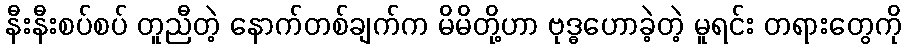
နီးနီးစပ်စပ် တူညီတဲ့ နောက်တစ်ချက်က မိမိတို့ဟာ ဗုဒ္ဓဟောခဲ့တဲ့ မူရင်း တရားတွေကို